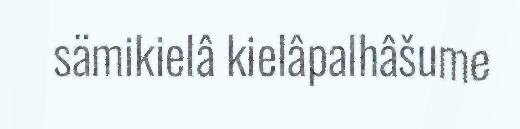
sämikielâ kielâpalhâšume